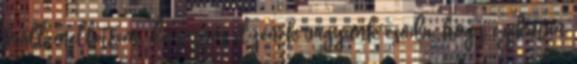
kiáll mellettem, de sajnos ilyenek vagyunk csoda, hogy ezekután